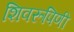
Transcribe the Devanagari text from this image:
शिवरूपिणी